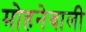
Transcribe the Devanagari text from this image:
मोहनेवाली